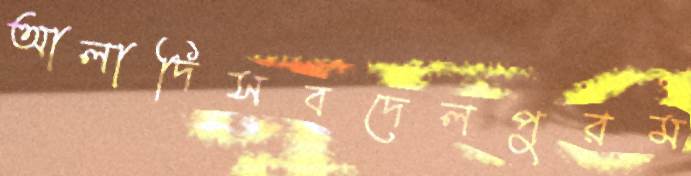
আলাদিসবদেলপুরম